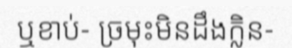
ឬខាប់- ច្រមុះមិនដឹងក្លិន-